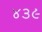
૪૩૯